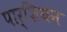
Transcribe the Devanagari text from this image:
पार्शियन